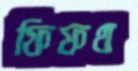
ফিফথ